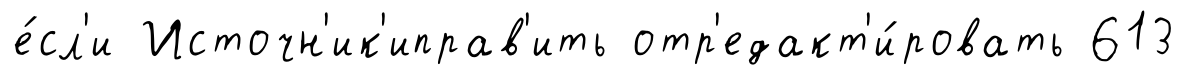
е́сл'и Источн'ик'иправ'ить отр'едакт'и́ровать 613